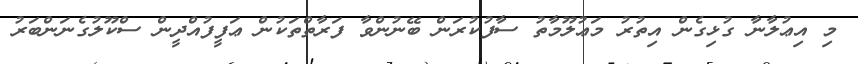
މި އިޢުލާނާ ގުޅިގެން އިތުރު މަޢުލޫމާތު ސާފުކުރަން ބޭނުންވާ ފަރާތްތަކުން ޢަފީފުއްދީން ސްކޫލުގެނަންބަރު